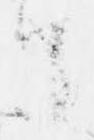
て